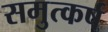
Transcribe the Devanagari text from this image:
समुत्कर्ष